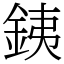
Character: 銕